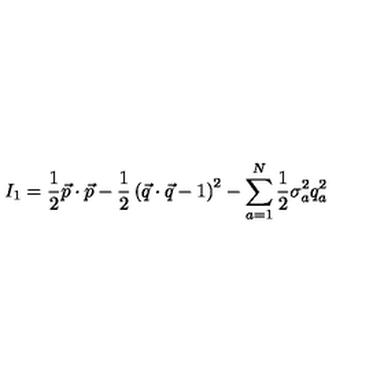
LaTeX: I _ { 1 } = \frac { 1 } { 2 } \vec { p } \cdot \vec { p } - \frac { 1 } { 2 } \left( \vec { q } \cdot \vec { q } - 1 \right) ^ { 2 } - \sum _ { a = 1 } ^ { N } \frac { 1 } { 2 } \sigma _ { a } ^ { 2 } q _ { a } ^ { 2 }